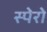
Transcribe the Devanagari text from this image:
स्पेरो